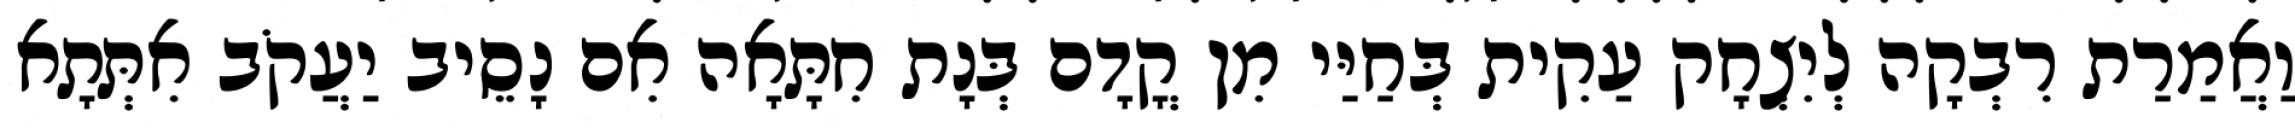
וַאֲמַרַת רִבְקָה לְיִצְחָק עַקִית בְּחַיַּי מִן קֳדָם בְּנָת חִתָּאָה אִם נָסֵיב יַעֲקֹב אִתְּתָא